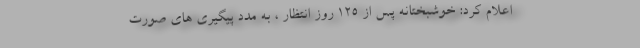
اعلام کرد: خوشبختانه پس از 125 روز انتظار ، به مدد پيگيري هاي صورت